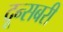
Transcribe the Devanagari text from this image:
दून्सबरी